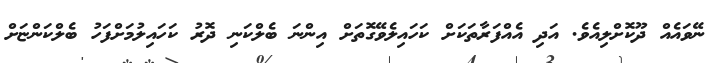
ނޭވައެއް ދޫކޮށްލިއެވެ. އަދި އެއްފަރާތަކަށް ކަހައިލެވޭގޮތަށް އިންނަ ބެލްކަނި ދޮރު ކަހައިލުމަށްފަހު ބެލްކަންޏަށް